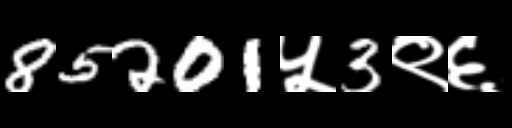
Text: 85201५3९६